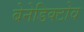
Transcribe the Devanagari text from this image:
बेनेडिक्टोव